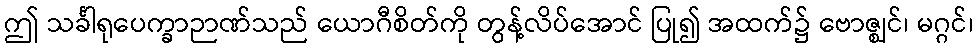
ဤ သင်္ခါရုပေက္ခာဉာဏ်သည် ယောဂီစိတ်ကို တွန့်လိပ်အောင် ပြု၍ အထက်၌ ဗောဇ္ဈင်၊ မဂ္ဂင်၊